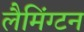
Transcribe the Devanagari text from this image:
लैमिंग्टन